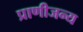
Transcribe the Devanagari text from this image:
प्राणीजन्य